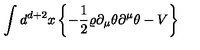
\int d ^ { d + 2 } x \left\{ - \frac { 1 } { 2 } \varrho \partial _ { \mu } \theta \partial ^ { \mu } \theta - V \right\}